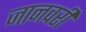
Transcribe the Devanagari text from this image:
जानवरी